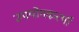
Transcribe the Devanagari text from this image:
उपयोगकर्त्या